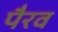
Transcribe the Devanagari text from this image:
पैरव